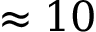
\approx 1 0